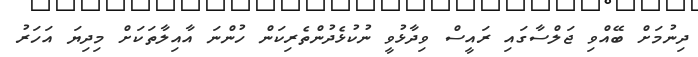
ދިނުމަށް ބޭއްވި ޖަލްސާގައި ރައީސް ވިދާޅުވީ ނުކުޅެދުންތެރިކަން ހުންނަ އާއިލާތަކަށް މިދިޔަ އަހަރު